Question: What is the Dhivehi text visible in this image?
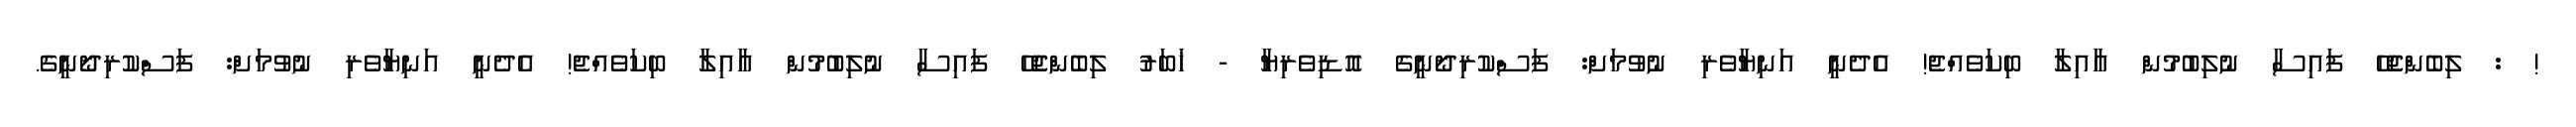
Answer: ! : ލިބެންޖެހޭ ފައިސާ ނުލިބުމުން އާއިލާ ބިކަވެއްޖެ! އެދެނީ އަނިޔާވެރި ނުވުމަށް: ފަސްކުރިދޯނީގެ އޮޑިވެރިޔާ - ޚަބަރު ލިބެންޖެހޭ ފައިސާ ނުލިބުމުން އާއިލާ ބިކަވެއްޖެ! އެދެނީ އަނިޔާވެރި ނުވުމަށް: ފަސްކުރިދޯނީގެ.